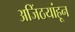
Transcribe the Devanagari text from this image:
अजिंठयांहून